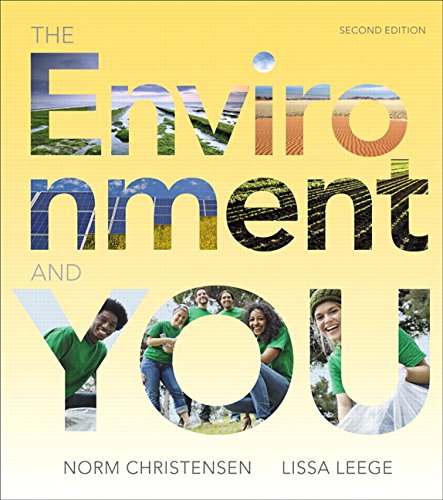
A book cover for The Environment and You (2nd Edition); Norman Christensen; Science & Math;